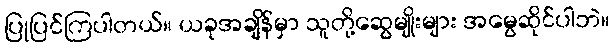
ပြုပြင်ကြပါတယ်။ ယခုအချိန်မှာ သူတို့ဆွေမျိုးများ အမွေဆိုင်ပါဘဲ။